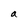
Character: a